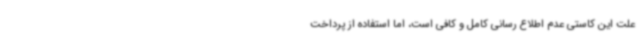
علت این کاستی عدم اطلاع رسانی کامل و کافی است، اما استفاده از پرداخت